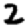
Digit: 2